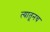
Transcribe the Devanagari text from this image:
त्‍यातूनच